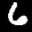
Label: 6